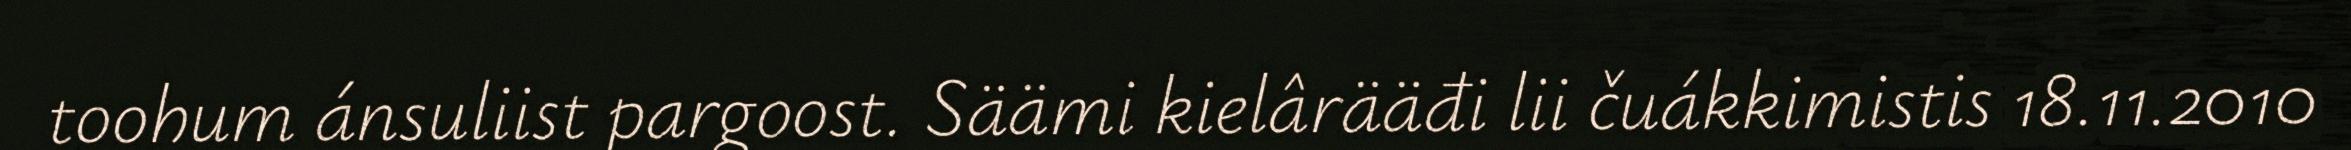
toohum ánsuliist pargoost. Säämi kielârääđi lii čuákkimistis 18.11.2010